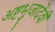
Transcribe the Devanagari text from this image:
अष्टभुजादेवी